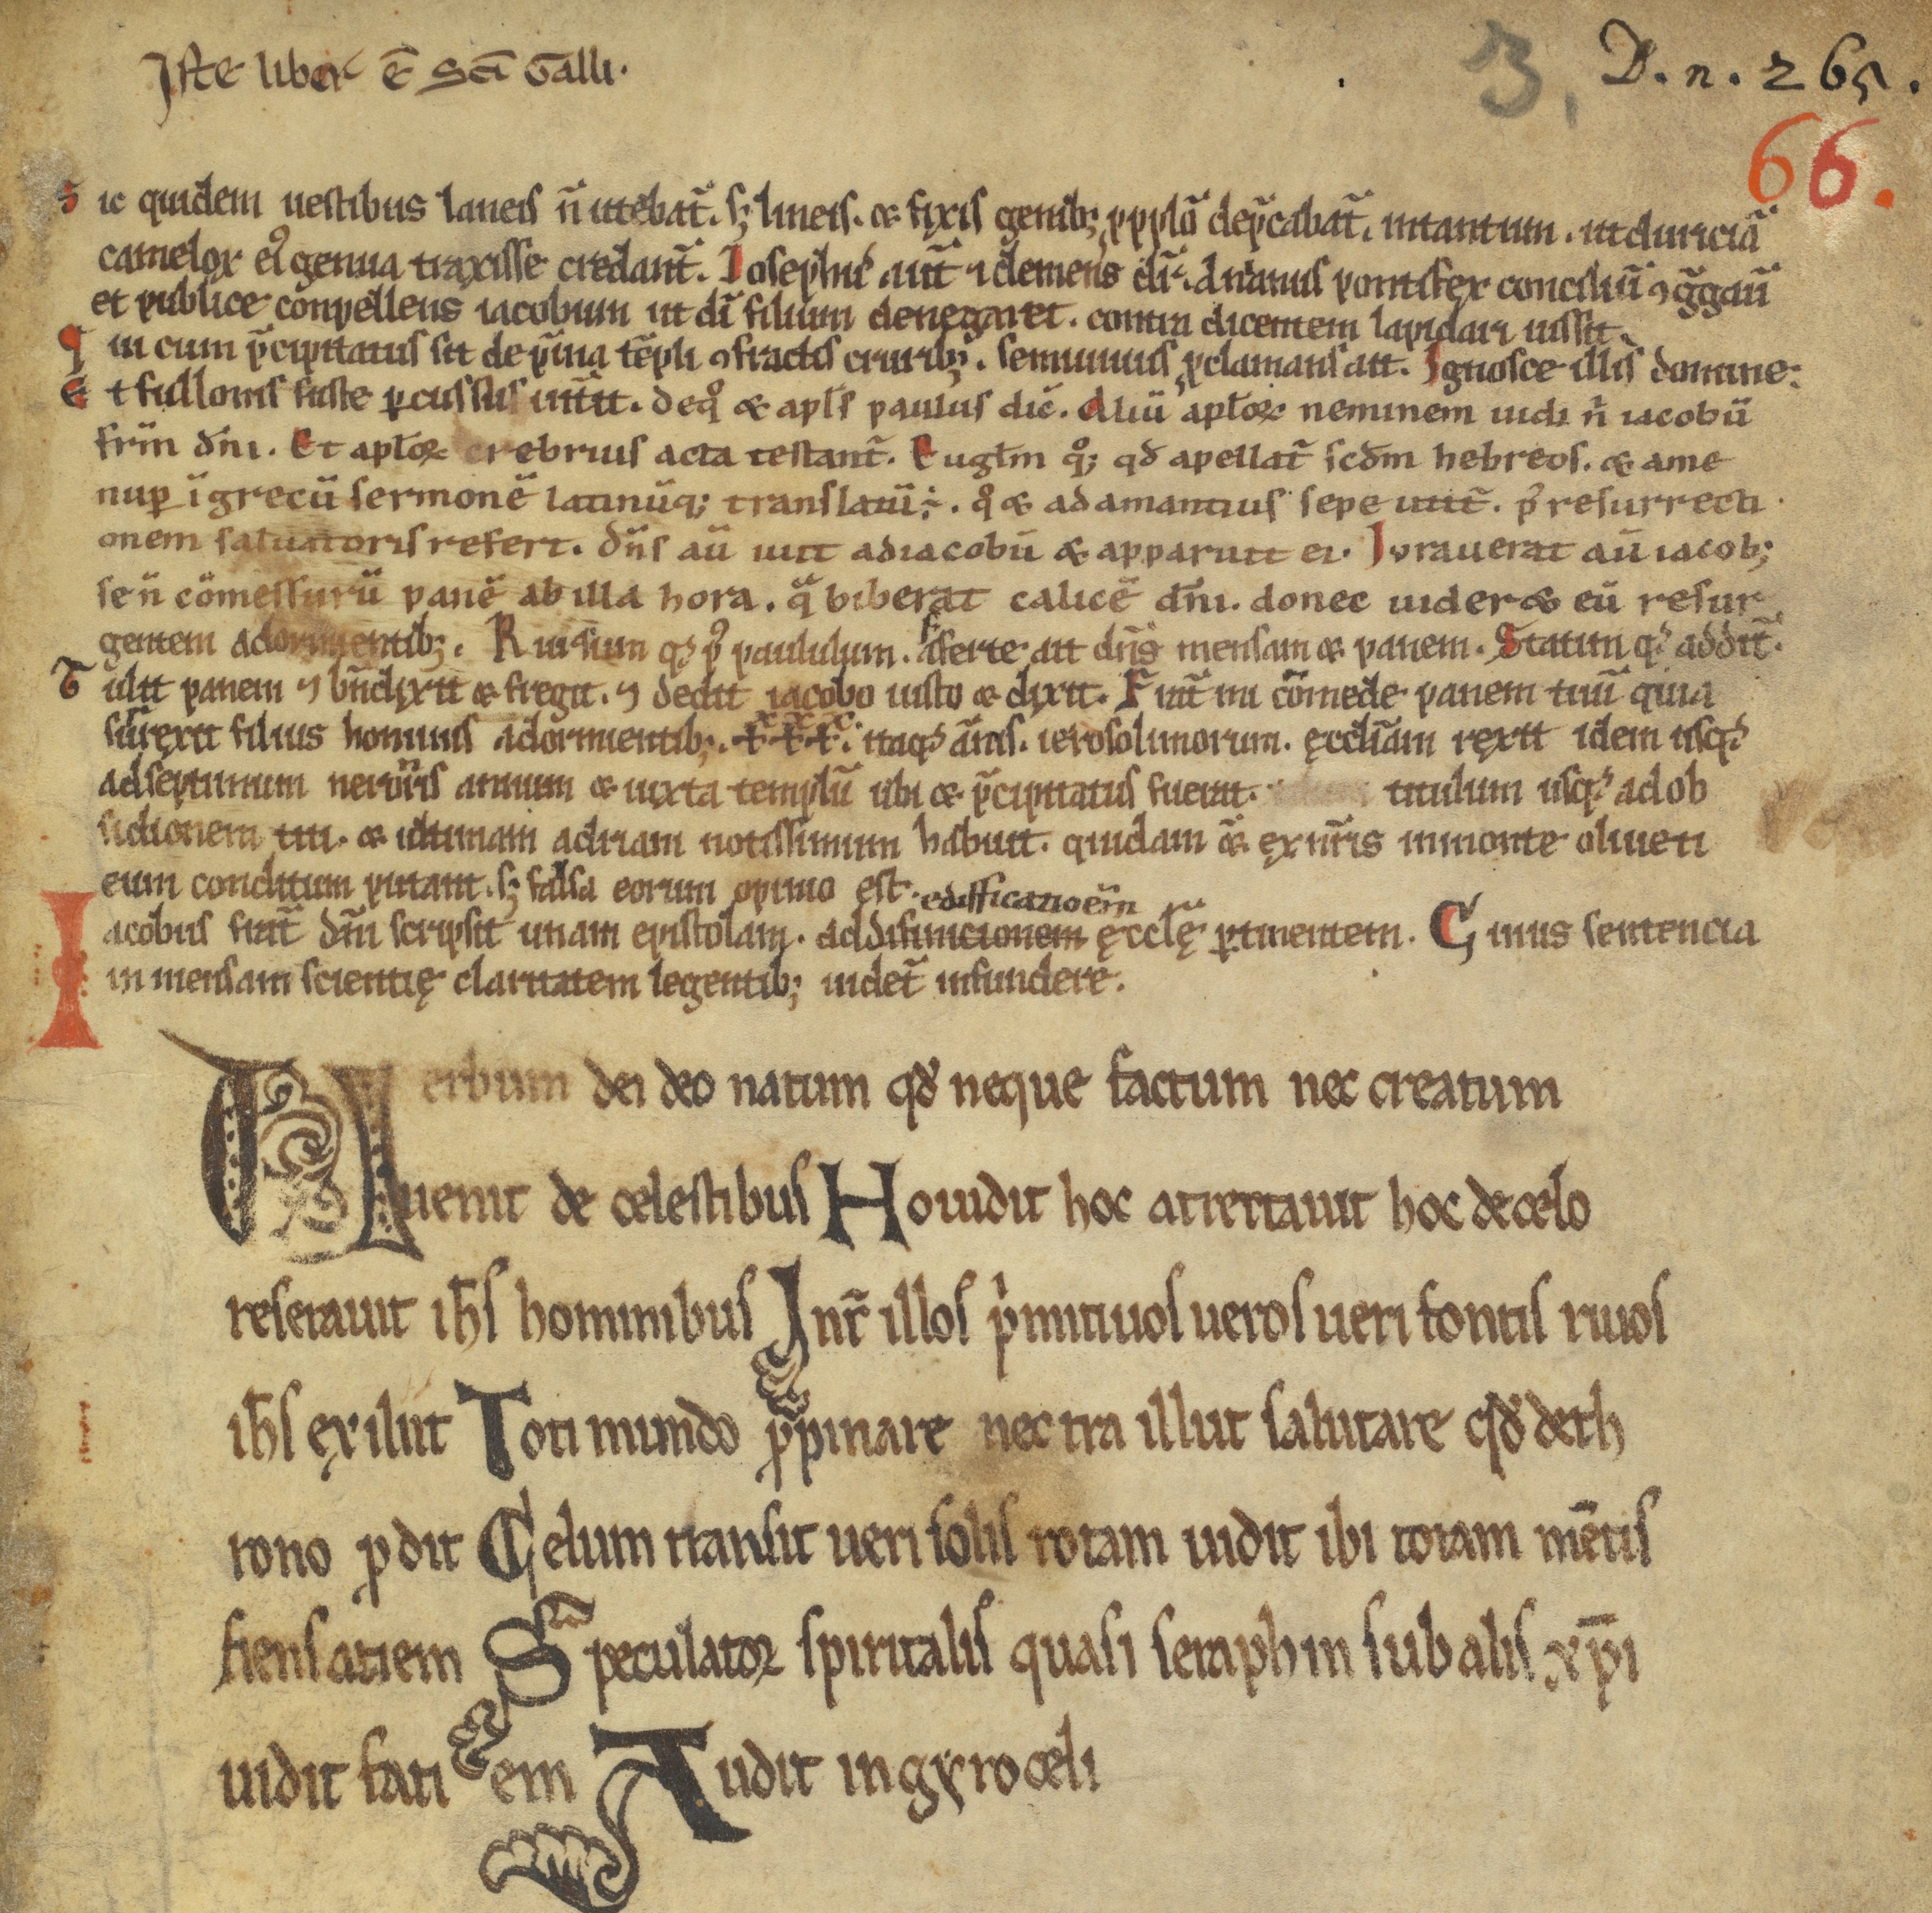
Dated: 1100–1199